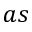
a s